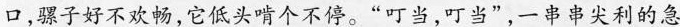
口，骡子好不欢畅，它低头啃个不停。”叮当，叮当”，一串串尖利的急